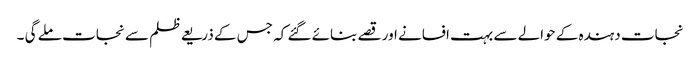
نجات دہندہ کے حوالے سے بہت افسانے اور قصے بنائے گئے کہ جس کے ذریعے ظلم سے نجات ملے گی ۔